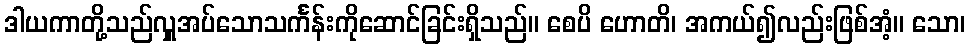
ဒါယကာတို့သည်လှူအပ်သောသင်္ကန်းကိုဆောင်ခြင်းရှိသည်။ စေပိ ဟောတိ၊ အကယ်၍လည်းဖြစ်အံ့။ သော၊